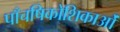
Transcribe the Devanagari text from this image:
पाँचषिकोशिकाओं